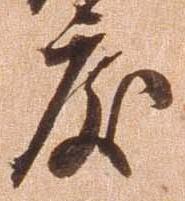
度